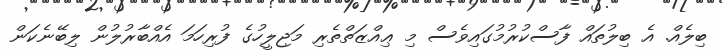
ބިލެއް. އެ ބިލުތައް ފާސްކުރުމުގައިވެސް މި ޢިއްޒަތްތެރި މަޖިލީހުގެ ފުރިހަމަ އެއްބާރުލުން ލިބޭނެކަން